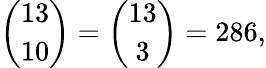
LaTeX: {\binom{13}{10}}={\binom{13}{3}}=286,